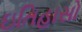
ઇતિહાસો